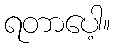
ရတာပေါ့။